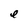
Character: e